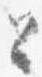
と